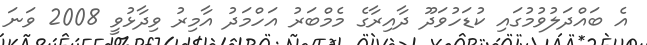
އެ ބައްދަލުވުމުގައި ކުޑަހުވަދޫ ދާއިރާގެ މެމްބަރު އަހްމަދު އާމިރު ވިދާޅުވީ 2008 ވަނަ